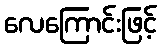
လေကြောင်းဖြင့်